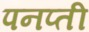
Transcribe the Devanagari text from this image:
पनप्ती